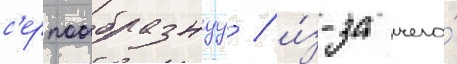
с'ерпообразнуу / и́з-за чего́